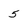
Character: 5